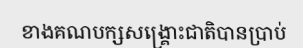
ខាងគណបក្សសង្គ្រោះជាតិបានប្រាប់